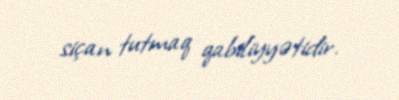
siçan tutmaq qabiliyyətidir.